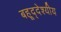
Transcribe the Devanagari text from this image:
बहूद्देश्यीय